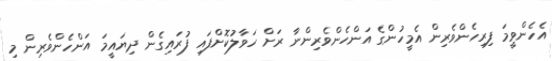
އެހެންވީމަ ފިރިހެންވެރިން އެމީހުންގެ އަންހެންވެރިންނާ ރަށް ހަވާލުކޮށްފައި ފުރައިގެން ދިޔައީމަ އަންހެންވެރިން މި